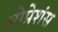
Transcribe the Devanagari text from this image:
ओप्रेशंस